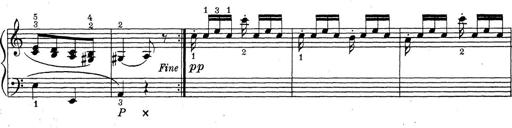
Title: ÄŒeskÃ© Sonatiny
Composer: Various